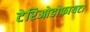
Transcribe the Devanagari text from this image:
टेरिओडोफायटा